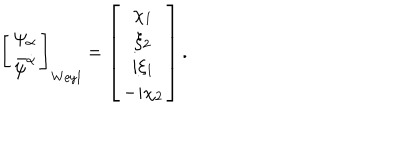
LaTeX: \left[ \begin{array} { c } { { \psi _ { \alpha } } } \\ { { \bar { \psi } ^ { \dot { \alpha } } } } \\ \end{array} \right] _ { \mathrm { W e y l } } = \left[ \begin{array} { c } { { \chi _ { 1 } } } \\ { { \xi _ { 2 } } } \\ { { i \xi _ { 1 } } } \\ { { - i \chi _ { 2 } } } \\ \end{array} \right] .